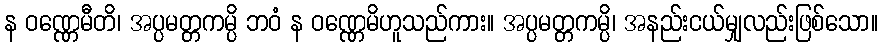
န ဝဏ္ဏေမီတိ၊ အပ္ပမတ္တကမ္ပိ ဘဝံ န ဝဏ္ဏေမိဟူသည်ကား။ အပ္ပမတ္တကမ္ပိ၊ အနည်းငယ်မျှလည်းဖြစ်သော။